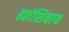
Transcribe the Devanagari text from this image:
ह्यांशिवाय